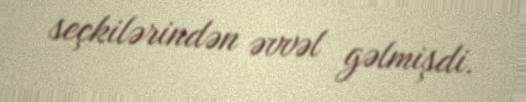
seçkilərindən əvvəl gəlmişdi.